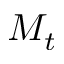
M _ { t }